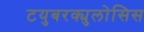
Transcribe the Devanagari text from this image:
टयुबरक्युलोसिस